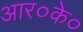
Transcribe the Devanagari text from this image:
आर०के०